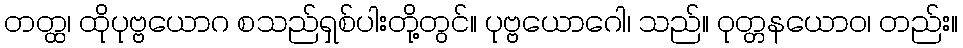
တတ္ထ၊ ထိုပုဗ္ဗယောဂ စသည်ရှစ်ပါးတို့တွင်။ ပုဗ္ဗယောဂေါ၊ သည်။ ဝုတ္တနယောဝ၊ တည်း။